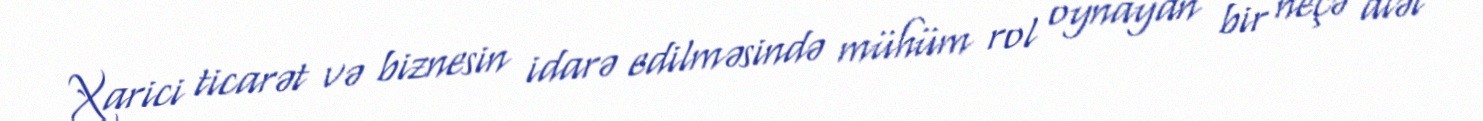
Xarici ticarət və biznesin idarə edilməsində mühüm rol oynayan bir neçə alət